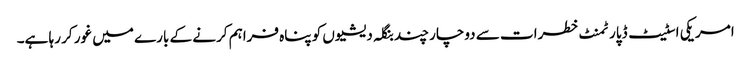
امریکی اسٹیٹ ڈپارٹمنٹ خطرات سے دوچار چند بنگلہ دیشیوں کو پناہ فراہم کرنے کے بارے میں غور کر رہا ہے۔